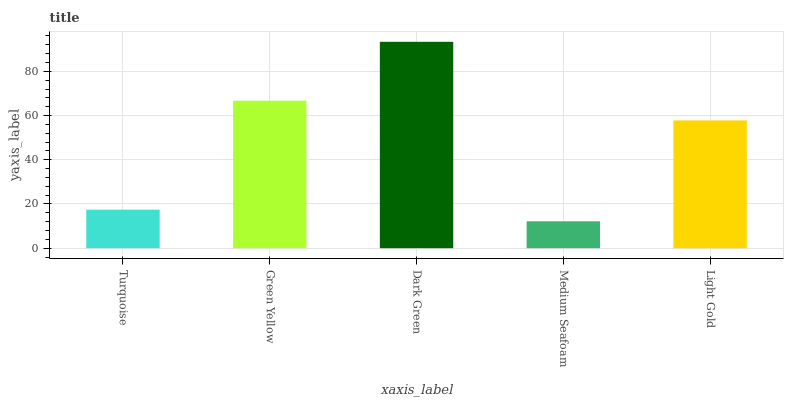
| xaxis_label | bars |
 | --- | --- |
 | Turquoise | 17.4 |
 | Green Yellow | 66.7 |
 | Dark Green | 93.4 |
 | Medium Seafoam | 12.2 |
 | Light Gold | 57.8 |